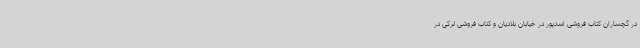
در گچساران کتاب فروشی اسدپور در خیابان بلادیان و کتاب فروشی لرکی در